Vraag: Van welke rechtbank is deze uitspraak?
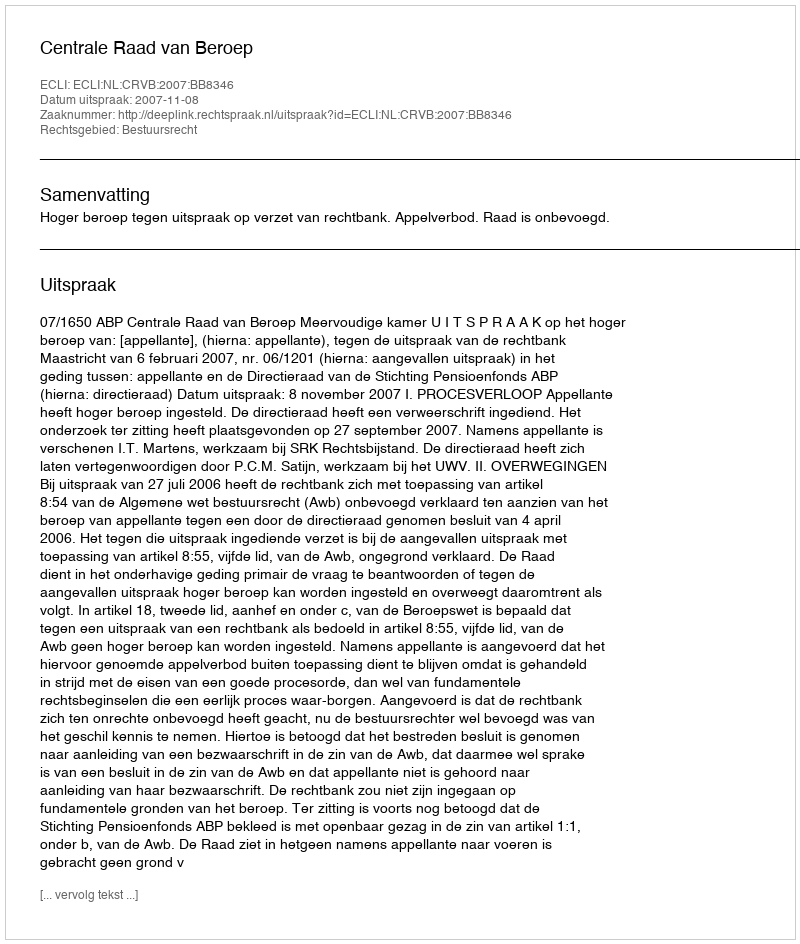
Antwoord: Centrale Raad van Beroep